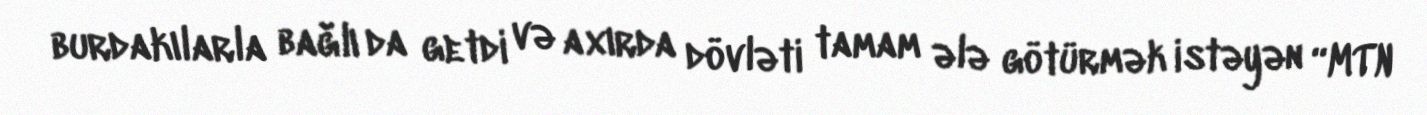
burdakılarla bağlı da getdi və axırda dövləti tamam ələ götürmək istəyən “MTN